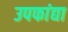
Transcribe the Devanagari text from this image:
उपफांद्या